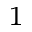
^ 1